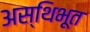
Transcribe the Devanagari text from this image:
अस्थिभूत